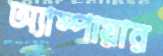
অ্যাম্পায়ার